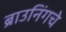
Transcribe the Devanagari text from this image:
ब्राउनिंगचे